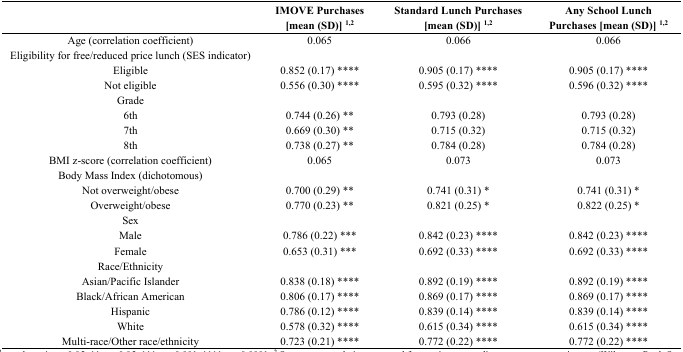
<table><thead><tr><td></td><td><b>IMOVE Purchases [mean (SD)] <sup>1,2</sup></b></td><td><b>Standard Lunch Purchases [mean (SD)] <sup>1,2</sup></b></td><td><b>Any School Lunch Purchases [mean (SD)] <sup>1,2</sup></b></td></tr></thead><tbody><tr><td>Age (correlation coefficient)</td><td>0.065</td><td>0.066</td><td>0.066</td></tr><tr><td>Eligibility for free/reduced price lunch (SES indicator)</td><td></td><td></td><td></td></tr><tr><td>Eligible</td><td>0.852 (0.17) ****</td><td>0.905 (0.17) ****</td><td>0.905 (0.17) ****</td></tr><tr><td>Not eligible</td><td>0.556 (0.30) ****</td><td>0.595 (0.32) ****</td><td>0.596 (0.32) ****</td></tr><tr><td>Grade</td><td></td><td></td><td></td></tr><tr><td>6th</td><td>0.744 (0.26) **</td><td>0.793 (0.28)</td><td>0.793 (0.28)</td></tr><tr><td>7th</td><td>0.669 (0.30) **</td><td>0.715 (0.32)</td><td>0.715 (0.32)</td></tr><tr><td>8th</td><td>0.738 (0.27) **</td><td>0.784 (0.28)</td><td>0.784 (0.28)</td></tr><tr><td>BMI z-score (correlation coefficient)</td><td>0.065</td><td>0.073</td><td>0.073</td></tr><tr><td>Body Mass Index (dichotomous)</td><td></td><td></td><td></td></tr><tr><td>Not overweight/obese</td><td>0.700 (0.29) **</td><td>0.741 (0.31) *</td><td>0.741 (0.31) *</td></tr><tr><td>Overweight/obese</td><td>0.770 (0.23) **</td><td>0.821 (0.25) *</td><td>0.822 (0.25) *</td></tr><tr><td>Sex</td><td></td><td></td><td></td></tr><tr><td>Male</td><td>0.786 (0.22) ***</td><td>0.842 (0.23) ****</td><td>0.842 (0.23) ****</td></tr><tr><td>Female</td><td>0.653 (0.31) ***</td><td>0.692 (0.33) ****</td><td>0.692 (0.33) ****</td></tr><tr><td>Race/Ethnicity</td><td></td><td></td><td></td></tr><tr><td>Asian/Pacific Islander</td><td>0.838 (0.18) ****</td><td>0.892 (0.19) ****</td><td>0.892 (0.19) ****</td></tr><tr><td>Black/African American</td><td>0.806 (0.17) ****</td><td>0.869 (0.17) ****</td><td>0.869 (0.17) ****</td></tr><tr><td>Hispanic</td><td>0.786 (0.12) ****</td><td>0.839 (0.14) ****</td><td>0.839 (0.14) ****</td></tr><tr><td>White </td><td>0.578 (0.32) ****</td><td>0.615 (0.34) ****</td><td>0.615 (0.34) ****</td></tr><tr><td>Multi-race/Other race/ethnicity</td><td>0.723 (0.21) ****</td><td>0.772 (0.22) ****</td><td>0.772 (0.22) ****</td></tr></tbody></table>